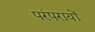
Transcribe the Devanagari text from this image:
परंपरायों